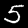
Digit: 5